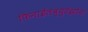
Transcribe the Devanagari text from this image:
फिनाईलब्युटॅझोन